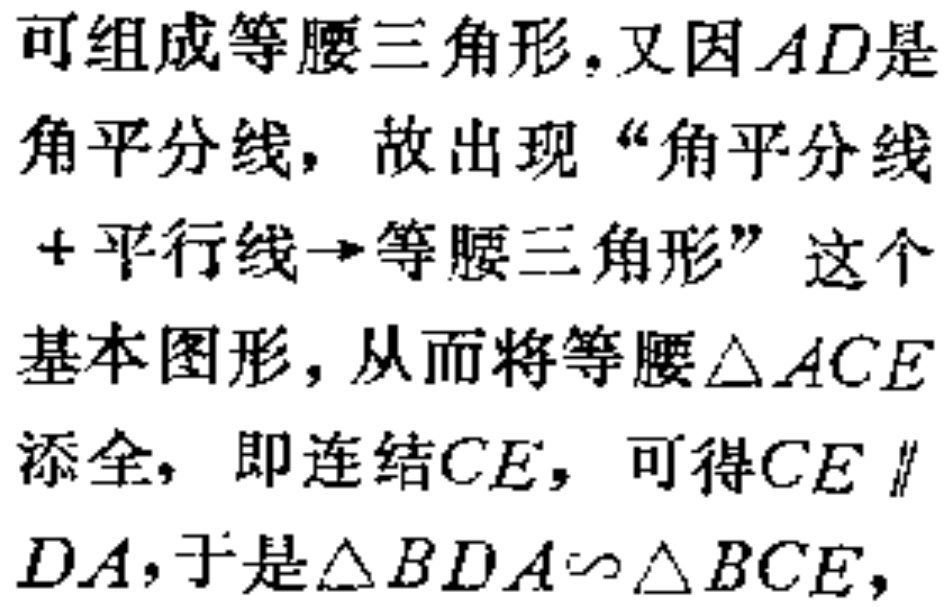
可组成等腰三角形.又因\(AD\)是
角平分线，故出现“角平分线
+平行线→等腰三角形”这个
基本图形，从而将等腰\(\triangle ACE\)
添全，即连结\(CE\)，可得\(CE\parallel\)
\(DA\)，于是\(\triangle BDA\sim\triangle BCE\)，